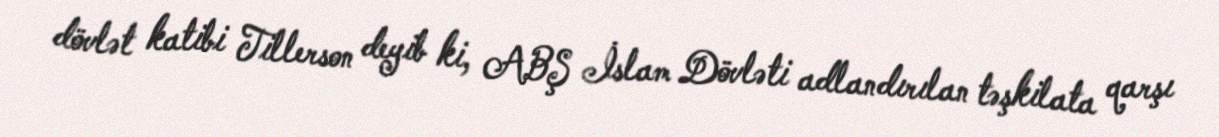
dövlət katibi Tillerson deyib ki, ABŞ İslam Dövləti adlandırılan təşkilata qarşı